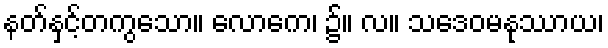
နတ်နှင့်တကွသော။ လောကေ၊ ၌။ လ။ သဒေဝမနုဿာယ၊